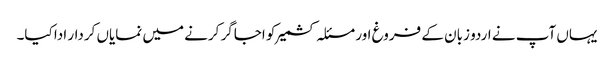
یہاں آپ نے اردو زبان کے فروغ اور مسئلہ کشمیر کو اجاگر کرنے میں نمایاں کردار ادا کیا۔